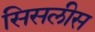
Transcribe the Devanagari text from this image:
सिसलीस